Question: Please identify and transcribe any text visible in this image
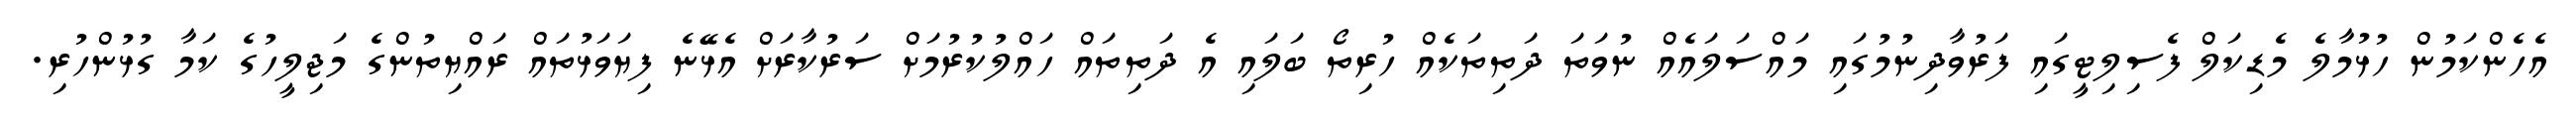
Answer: އެހެންކަމުން ހުޅުމާލެ މެޑިކަލް ފެސިލިޓީގައި ފަރުވާދިނުމުގައި މައްސަލައެއް ނުވަތަ ދަތިތަކެއް ހުރިތޯ ބަލައި އެ ދަތިތައް ހައްލުކުރުމަށް ސަރުކާރަށް އެޅޭނެ ފިޔަވަޅުތައް ރައްޔިތުންގެ މަޖިލީހުގެ ކަމާ ގުޅުންހުރި.